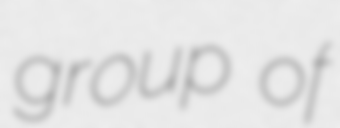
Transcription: group of